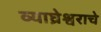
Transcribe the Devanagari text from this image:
व्याघ्रेश्वराचे